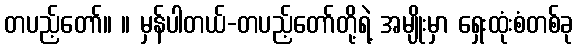
တပည့်တော်။ ။ မှန်ပါတယ်-တပည့်တော်တို့ရဲ့ အမျိုးမှာ ရှေးထုံးစံတစ်ခု